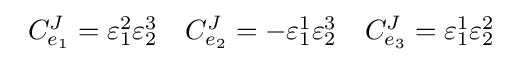
{\begin{array}{lll}C_{e_{1}}^{J}=\varepsilon _{1}^{2}\varepsilon _{2}^{3}&C_{e_{2}}^{J}=-\varepsilon _{1}^{1}\varepsilon _{2}^{3}&C_{e_{3}}^{J}=\varepsilon _{1}^{1}\varepsilon _{2}^{2}\\[6pt]\end{array}}